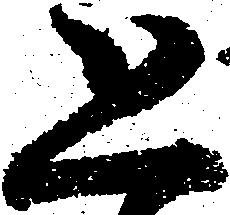
恐